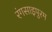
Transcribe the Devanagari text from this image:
रंगसाइपुरम